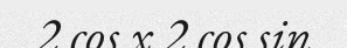
2 cos x 2 cos sin